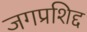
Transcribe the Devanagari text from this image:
जगप्रशिद्द